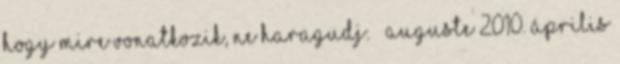
hogy mire vonatkozik, ne haragudj. – Auguste 2010. április